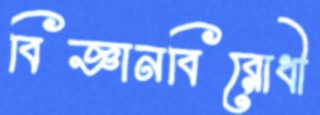
বিজ্ঞানবিরোধী